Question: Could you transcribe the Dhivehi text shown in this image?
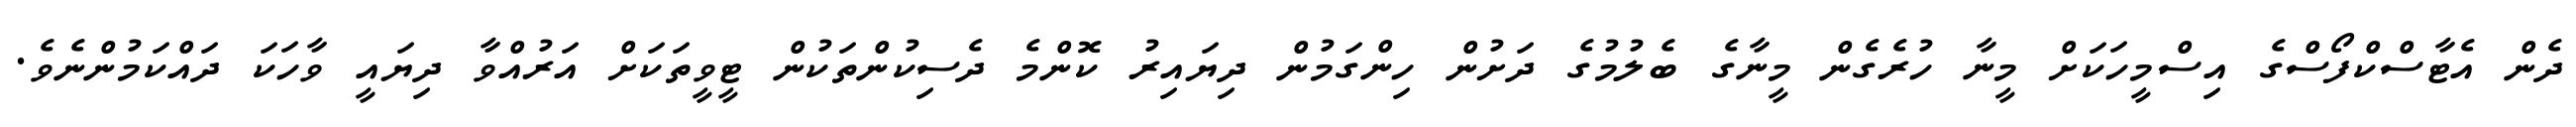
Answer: ދެން އެޓާސްކްފޯސްގެ އިސްމީހަކަށް މީނާ ހުރެގެން މީނާގެ ބެލުމުގެ ދަށުން ހިންގަމުން ދިޔައިރު ކޮންމެ ދެސިކުންތަކުން ޓީވީތަކަށް އަރުއްވާ ދިޔައީ ވާހަކަ ދައްކަމުންނެވެ.